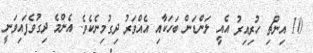
10 އިންޗި ހުރިއިރު އެއީ ލަންޑަން ބަހަކާއި އެއްވަރު ދިގުމިނެކެވެ. އެންމެ ދިގުވެފައިވަނީ